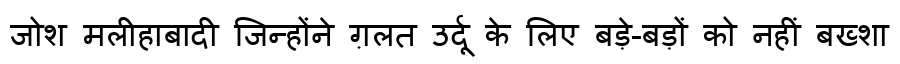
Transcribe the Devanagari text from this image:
जोश मलीहाबादी जिन्होंने ग़लत उर्दू के लिए बड़े-बड़ों को नहीं बख्शा